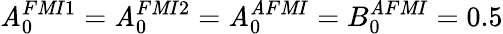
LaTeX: \mathit{A}_{0}^{F\mathit{M}I{1}}=\mathit{A}_{0}^{F\mathit{M}I{2}}=\mathit{A}_{0}^{\mathit{A}F\mathit{M}I}=B_{0}^{\mathit{A}F\mathit{M}I}=0.5